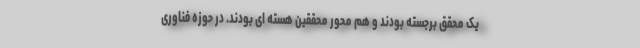
یک محقق برجسته بودند و هم محور محققین هسته ای بودند. در حوزه فناوری